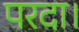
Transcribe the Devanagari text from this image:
परदा।